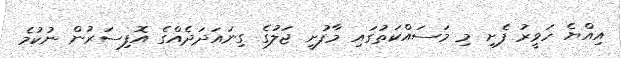
އިއްޔެ ހަވީރު ފެށި މި މަސައްކަތުގައި މާފުށީ ޖަލުގެ ގިނައަދަދެއްގެ އޮފިސަރުން ނުކުމެ